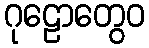
ဂုဠောတွေဝ